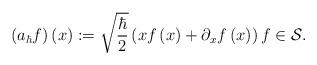
LaTeX: \begin{align*}\left( a_{\hbar}f\right) \left( x\right) :=\sqrt{\frac{\hbar}{2}}\left(xf\left( x\right) +\partial_{x}f\left( x\right) \right) f\in\mathcal{S}. \end{align*}